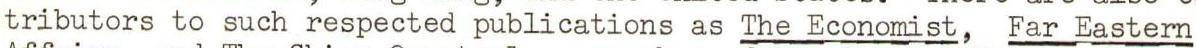
tributors to such respected publications as The Economist, Far Eastern